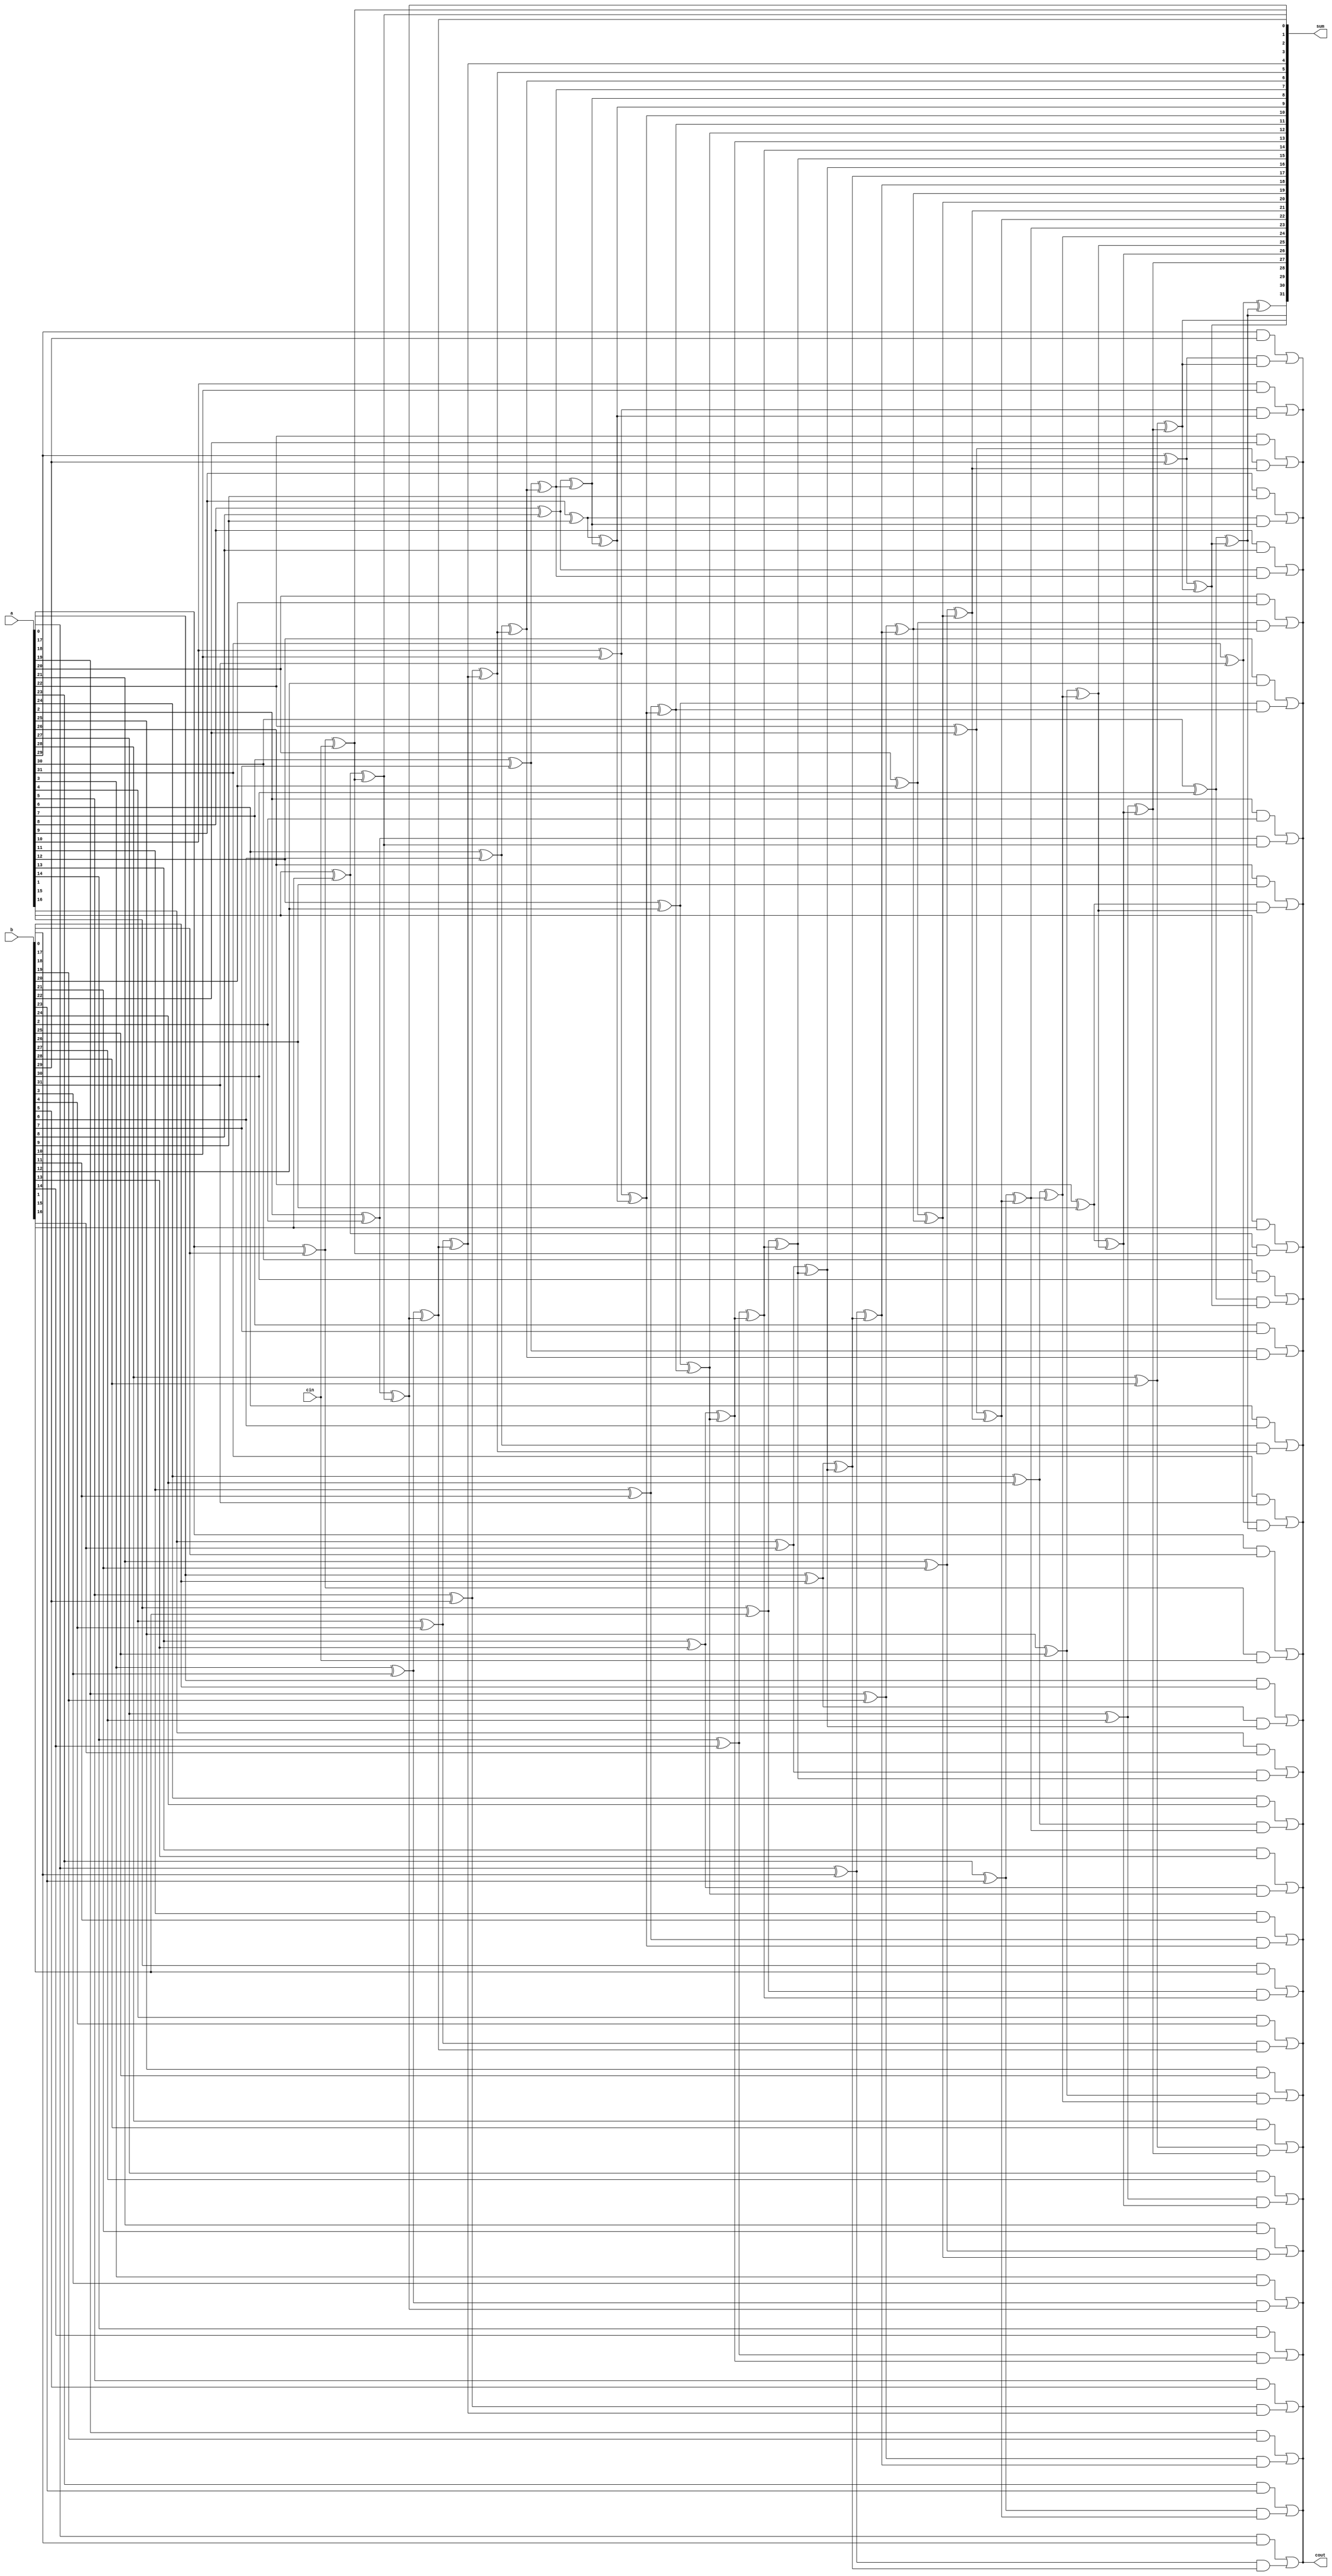
module ManchesterCarryChainAdder(
    input [31:0] a,
    input [31:0] b,
    input cin,
    output [31:0] sum,
    output cout
);

reg [31:0] sum;
reg cout;

assign sum[0] = a[0] ^ b[0] ^ cin;
assign cout = (a[0] & b[0]) | ((a[0] ^ b[0]) & cin);

genvar i;
generate
    for (i = 1; i < 32; i = i + 1) begin : stage
        assign sum[i] = a[i] ^ b[i] ^ sum[i-1];
        assign cout = (a[i] & b[i]) | ((a[i] ^ b[i]) & sum[i-1]);
    end
endgenerate

endmodule